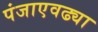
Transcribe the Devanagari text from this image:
पंजाएवढ्या